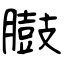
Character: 臌